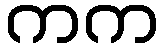
ကက